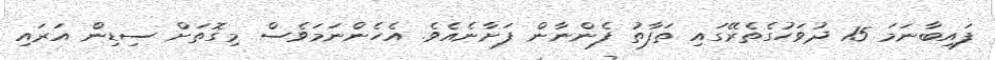
ފައިބާނަމަ 15 ދުވަހުގެތެރޭގައި ތަފާތު ފެންނާން ފަށާނެއެވެ. އެހެންނަމަވެސް މިގޮތަށް ސިޑިން އަރައި